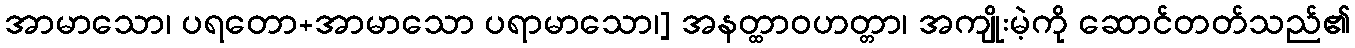
အာမာသော၊ ပရတော+အာမာသော ပရာမာသော၊] အနတ္ထာဝဟတ္တာ၊ အကျိုးမဲ့ကို ဆောင်တတ်သည်၏